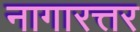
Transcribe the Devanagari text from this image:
नागारत्तर